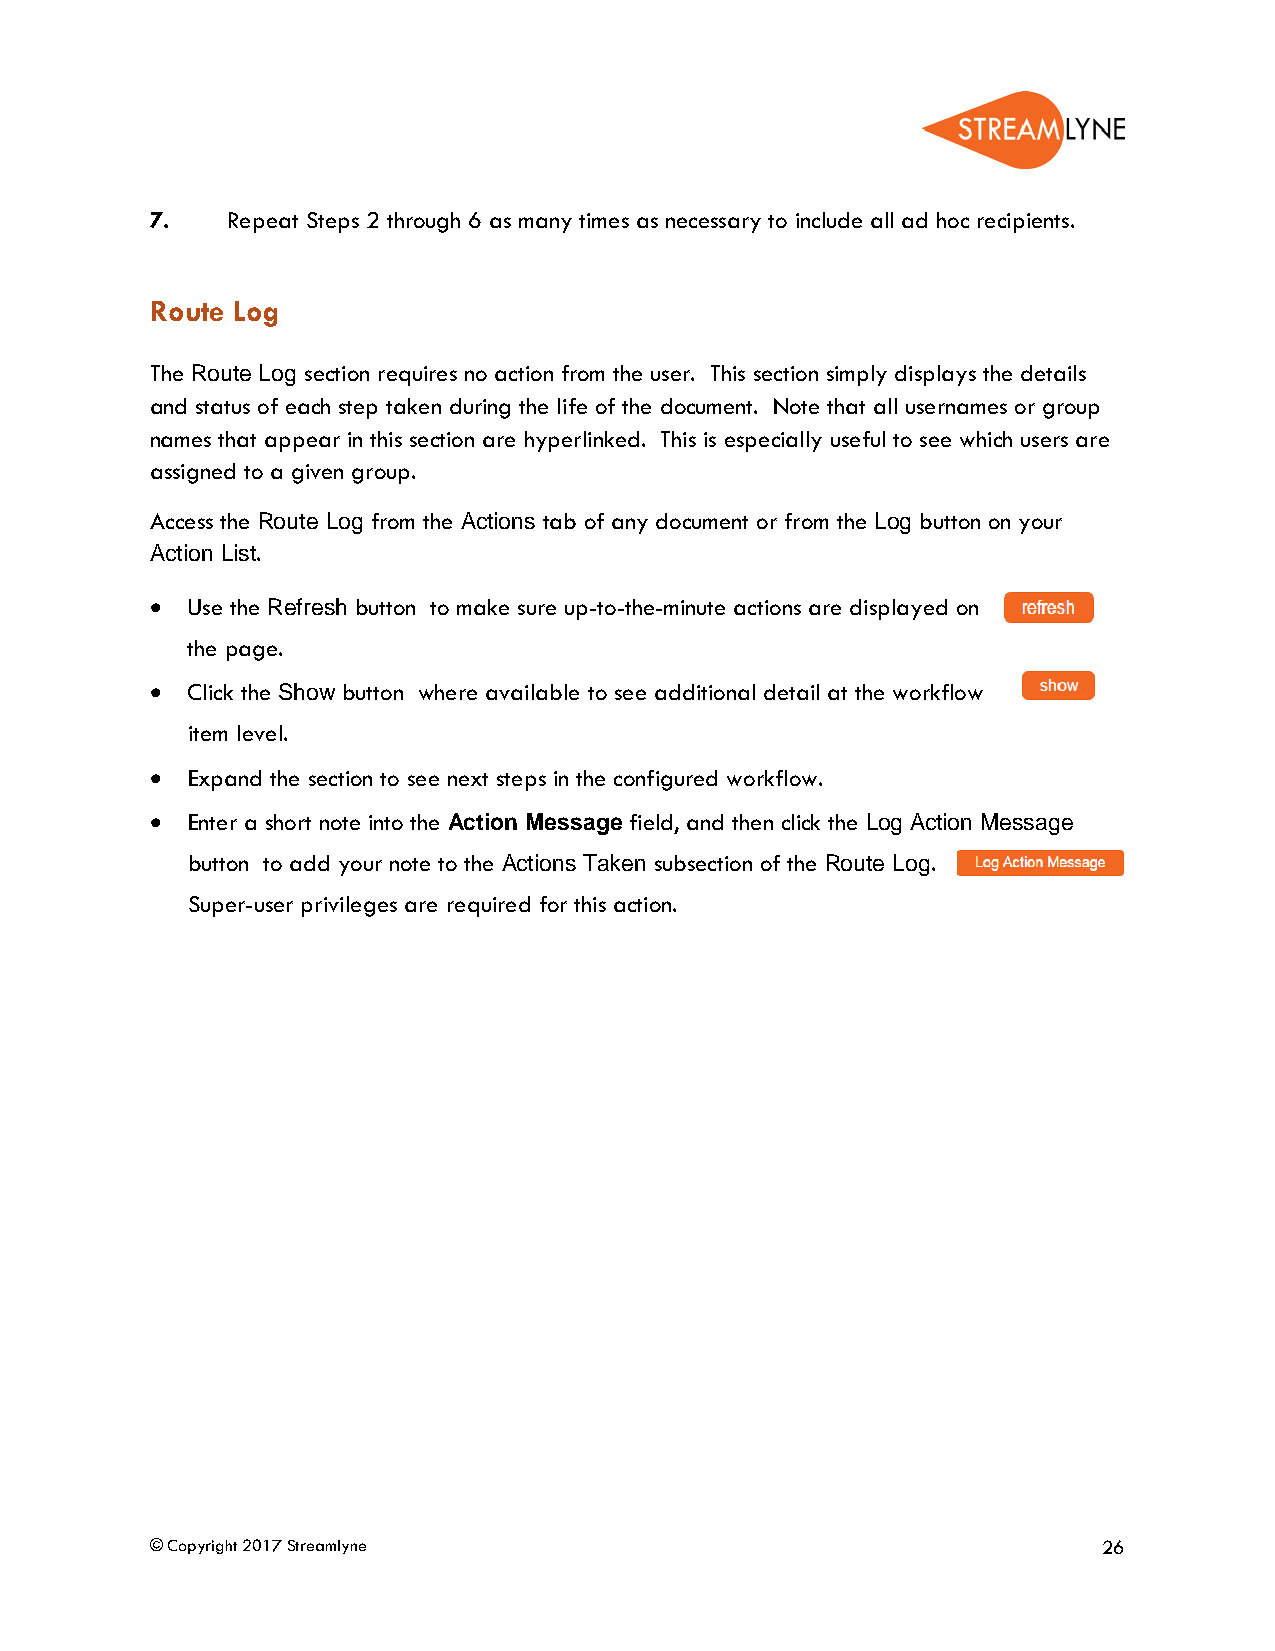
7.   Repeat Steps 2 through 6 as many times as necessary to include all ad hoc recipients.
 Route Log
 The Route Log section requires no action from the user. This section simply displays the details
 and status of each step taken during the life of the document. Note that all usernames or group
 names that appear in this section are hyperlinked. This is especially useful to see which users are
 assigned to a given group.
 Access the Route Log from the Actions tab of any document or from the Log button on your
 Action List.
 • Use the Refresh button to make sure up-to-the-minute actions are displayed on
 the page.
 • Click the Show button where available to see additional detail at the workflow
 item level.
 • Expand the section to see next steps in the configured workflow.
 • Enter a short note into the Action Message field, and then click the Log Action Message
 button to add your note to the Actions Taken subsection of the Route Log.
 Super-user privileges are required for this action.
 © Copyright 2017 Streamlyne                                    26